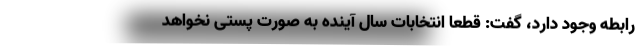
رابطه وجود دارد، گفت: قطعا انتخابات سال آینده به صورت پستی نخواهد